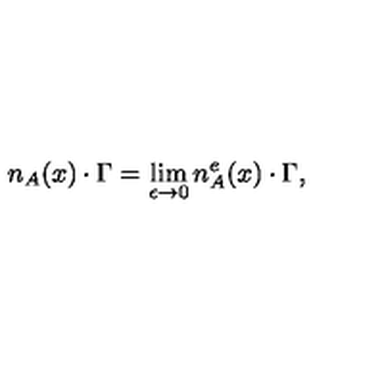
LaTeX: n _ { A } ( x ) \cdot \Gamma = \lim _ { \epsilon \to 0 } n _ { A } ^ { e } ( x ) \cdot \Gamma ,